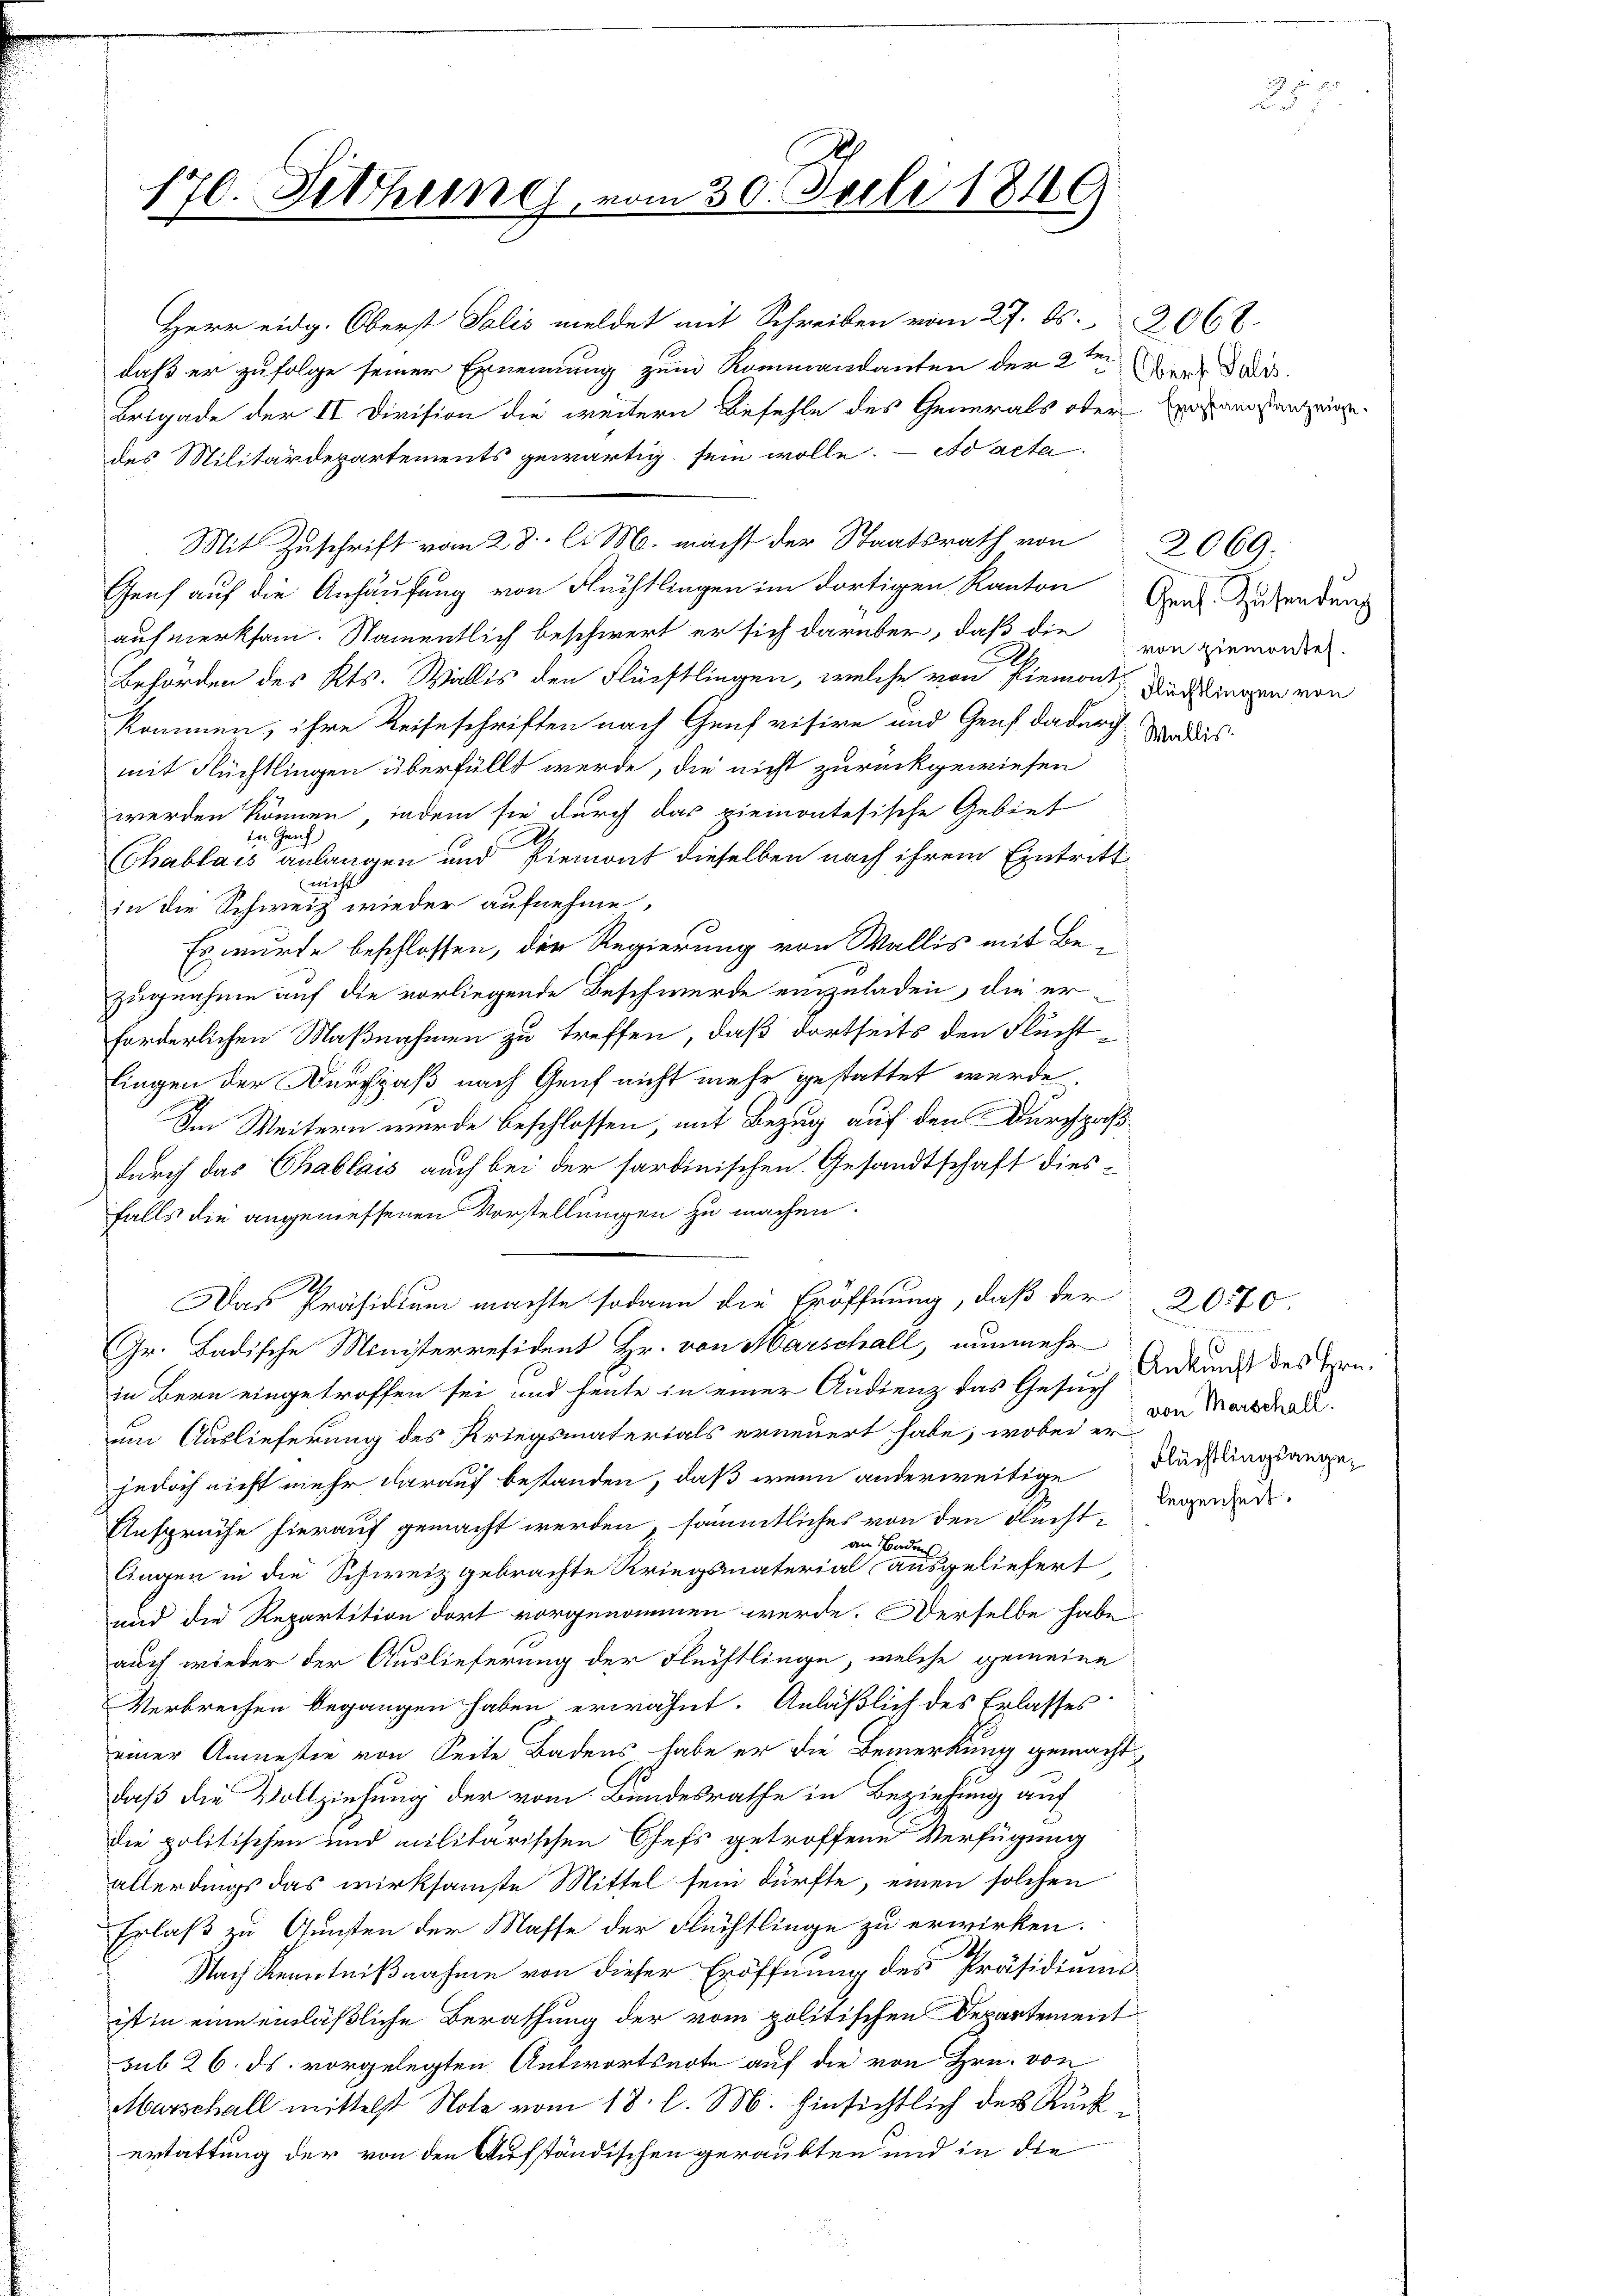
176. Fethung vom 30. Juli 181

Herr eidg. Oberst Salis meldet mit Schreiben vom 27. Os.2068.
daß er zufolge seiner Ernennung zum Kommandanten der 2ten der das
Brigade der II Division die weitern Befehle des Generals ober Versamstanzeige
des Militärdepartements gewärtig sein wolle. Ad acta
Genf auf die Anhäufung von Flüchtlingen im dortigen Kanton Gras Zusendung
aufmerksam. Namentlich beschwert er sich darüber, daß die von gemorde
9
Behörden des Kts. Wallis den Flüchtlingen, welche von Piemon Rechtlingen von
kommen, ihre Reiseschriften nach Genf visire und Genf dadurch
mit Flüchtlingen überfüllt werde, die nicht zurückgewiesen
werden können, indem sie durch das piemontesische Gebiet
L
enf
Chablais anlangen und Piemont dieselben nach ihrem Eintritt
nicht
in die Schweiz wieder aufnehme,
Es wurde beschlossen, die Regierung von Wallis mit Bezugnahme auf die vorliegende Beschwerde einzuladen, die erforderlichen Maßnahmen zu treffen, daß dortseits den Fluchtlingen der Durchpaß nach Genf nicht mehr gestattet werde.
Im Weitern wurde beschlossen, mit Bezug auf den Durchpaßdurch das Chablais auch bei der sardinischen Gesandtschaft diesfalls die angemessenen Vorstellungen zu machen.
Das Präsidium machte sodann die Eröffnung, daß der
Gr. Badische Ministerresident Hr. von Marschall, nunmehr
in Bern eingetroffen sei und heute in einer Audienz das Gesuch Ankunft des Hrn.
um Auslieferung des Kriegsmaterials erneuert habe, wobei die Marschalt.
jedoch nicht mehr darauf bestanden, daß wenn anderweitige
Ansprüche hierauf gemacht werden, sämmtliches von den Flucht. Regendende
an Badens
Augen in die Schweiz gebrachte Kriegsmaterial ausgeliefert,
und die Repartition dort vorgenommen werde. Derselbe habe
auch wieder der Auslieferung der Flüchtlinge, welche gemeine
Verbrechen begangen haben erwähnt. Anläßlich des Erlasses
einer Anmertie von Seite Badens habe er die Bemerkung gemacht.
daß die Vollziehung der vom Bundesrathe in Beziehung auf
die politischen und militärischen Chefs getroffene Verfügung
allerdings das wirksamste Mittel sein dürfte, einen solchen
Erlaß zu Gunsten der Masse der Flüchtlinge zu erwirken.
Nach Kenntnißnahme von dieser Eröffnung des Präsidiums-
ist in eine einläßliche Berathung der vom politischen Departement
sub 26. ds. vorgelegten Antwortserte auf die von Hrn. von
Murschall mittelst Note vom 18. l. M. hinsichtlich des Rückertattung der von den Aufständischen geraubten und in die

Mit Zuschrift vom 28. li M. macht der Staatsrath von

u

2069.

Wallis

d
Flüchtlingsange¬

2070.